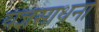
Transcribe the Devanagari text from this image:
यज्ञसाधना